Plague in India, 1896, 1897 - Volume 3
Year: 1896
Disease focus: Plague
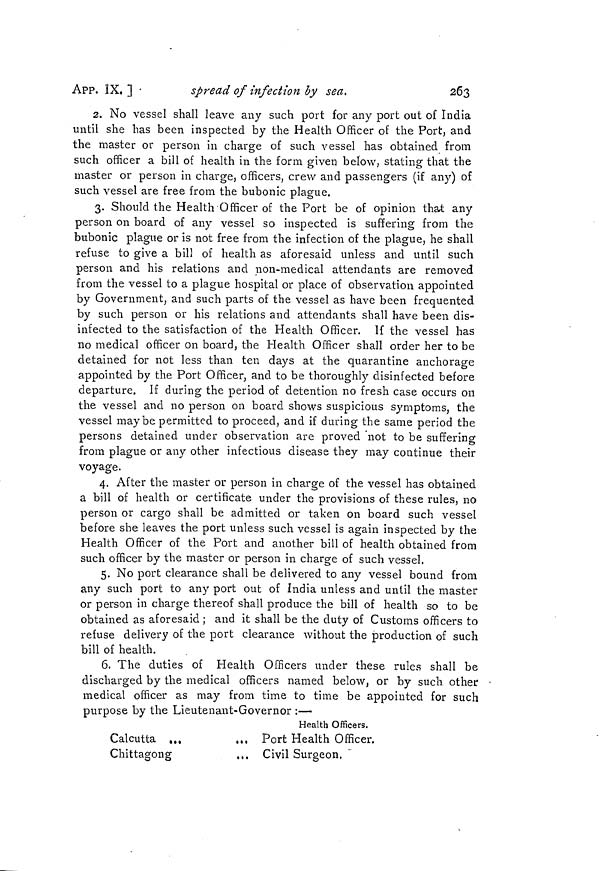
APP. IX. ]
spread of infection by sea.
263
2. No vessel shall leave any such port for any port out of India
until she has been inspected by the Health Officer of the Port, and
the master or person in charge of such vessel has obtained from
such officer a bill of health in the form given below, stating that the
master or person in charge, officers, crew and passengers (if any) of
such vessel are free from the bubonic plague.
3. Should the Health Officer of the Port be of opinion that any
person on board of any vessel so inspected is suffering from the
bubonic plague or is not free from the infection of the plague, he shall
refuse to give a bill of health as aforesaid unless and until such
person and his relations and non-medical attendants are removed
from the vessel to a plague hospital or place of observation appointed
by Government, and such parts of the vessel as have been frequented
by such person or his relations and attendants shall have been dis-
infected to the satisfaction of the Health Officer. If the vessel has
no medical officer on board, the Health Officer shall order her to be
detained for not less than ten days at the quarantine anchorage
appointed by the Port Officer, and to be thoroughly disinfected before
departure. If during the period of detention no fresh case occurs on
the vessel and no person on board shows suspicious symptoms, the
vessel maybe permitted to proceed, and if during the same period the
persons detained under observation are proved 'not to be suffering
from plague or any other infectious disease they may continue their
voyage.
4. After the master or person in charge of the vessel has obtained
a bill of health or certificate under the provisions of these rules, no
person or cargo shall be admitted or taken on board such vessel
before she leaves the port unless such vessel is again inspected by the
Health Officer of the Port and another bill of health obtained from
such officer by the master or person in charge of such vessel.
5. No port clearance shall be delivered to any vessel bound from
any such port to any port out of India unless and until the master
or person in charge thereof shall produce the bill of health so to be
obtained as aforesaid ; and it shall be the duty of Customs officers to
refuse delivery of the port clearance without the production of such
bill of health.
6. The duties of Health Officers under these rules shall be
discharged by the medical officers named below, or by such other
medical officer as may from time to time be appointed for such
purpose by the Lieutenant-Governor :—
Health Officers.
Calcutta ...
...
Port Health Officer.
Chittagong
...
Civil Surgeon,